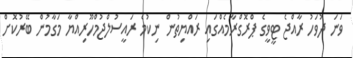
ވަނަ ދުވަހު ރާއްޖެ ޓީވީގެ ޕްރޮގްރާމެއްގައި ރައްޔިތުން ނިކުމެ ރައީސުލްޖުމްހޫރިއްޔާ މަގާމުން ބޭރުކޮށް